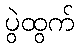
ပွဲထွက်